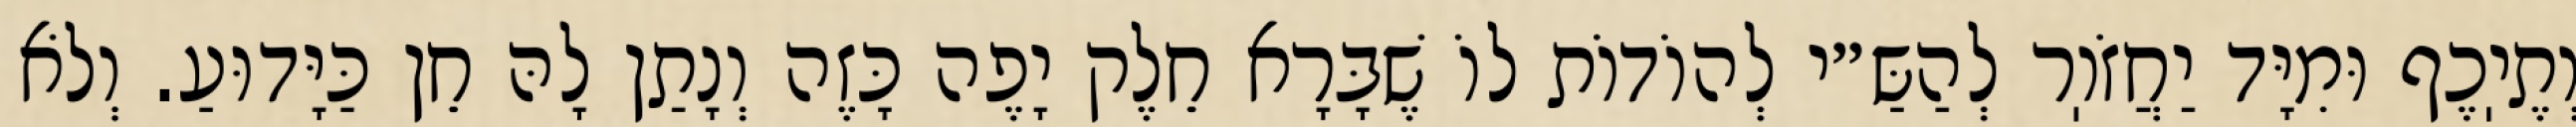
וְתֶיֽכֶף וּמִיָּד יַחֲזֹוֽר לְהַשַּ״י לְהוֹדוֹת לוֹ שֶׁבָּרָא חֵלֶק יָפֶה כָּזֶה וְנָתַן לָהּ חֵן כַּיָּדוּעַ. וְלֹא